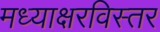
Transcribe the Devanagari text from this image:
मध्याक्षरविस्तर